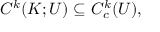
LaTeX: C ^ { k } ( K ; U ) \subseteq C _ { c } ^ { k } ( U ) ,